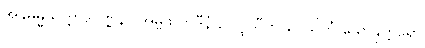
အနုဓမ္မသုတ္တာဒိဝဏ္ဏနာ အမ္ဗဖလာဒီနံ ဥပပ္ဖုသီတိ ပေသိတံ သောနုတ္တရော